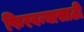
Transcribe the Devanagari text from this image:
फिरवन्यासाठी